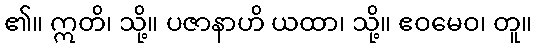
၏။ ဣတိ၊ သို့။ ပဇာနာဟိ ယထာ၊ သို့။ ဧဝမေဝ၊ တူ။